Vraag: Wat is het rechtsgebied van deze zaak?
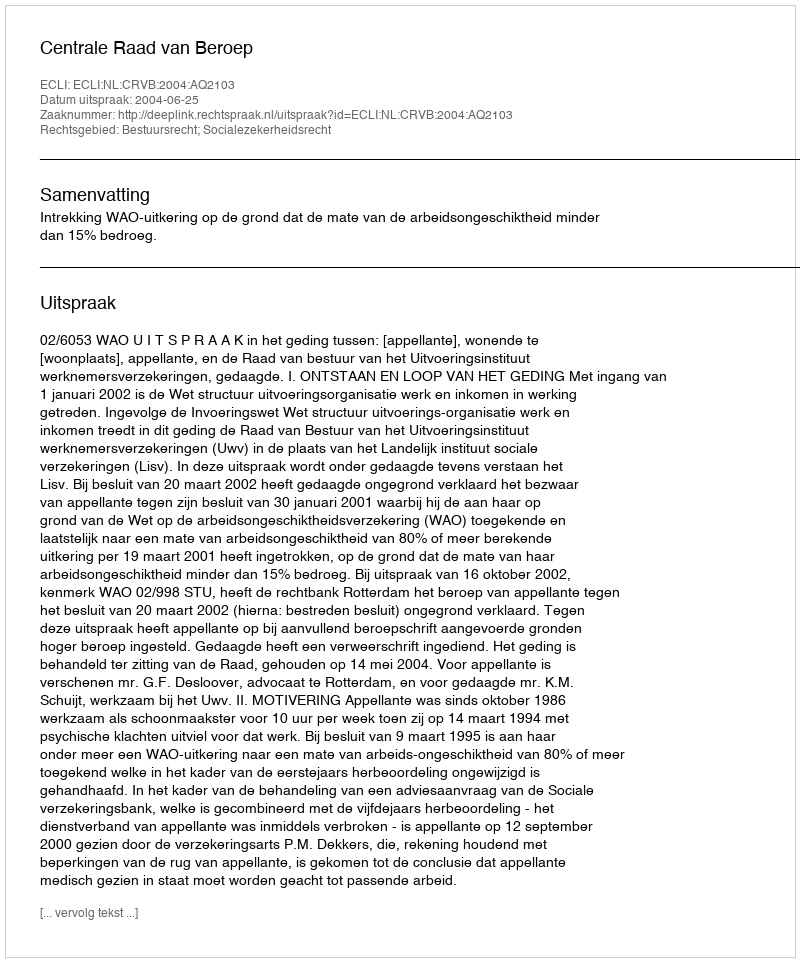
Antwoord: Bestuursrecht; Socialezekerheidsrecht